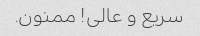
سریع و عالی! ممنون.